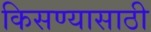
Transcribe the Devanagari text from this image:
किसण्यासाठी